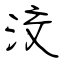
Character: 洨